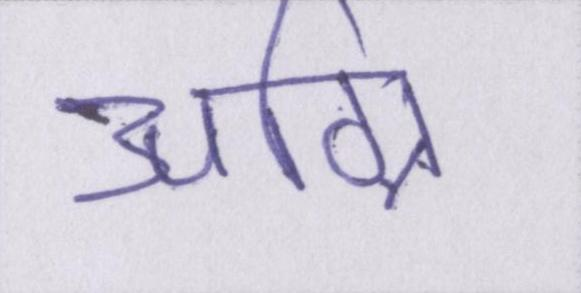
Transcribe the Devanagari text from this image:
अग्नि